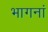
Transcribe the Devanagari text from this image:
भागनां